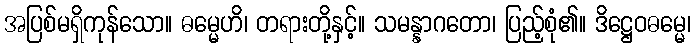
အပြစ်မရှိကုန်သော။ ဓမ္မေဟိ၊ တရားတို့နှင့်။ သမန္နာဂတော၊ ပြည့်စုံ၏။ ဒိဋ္ဌေဝဓမ္မေ၊